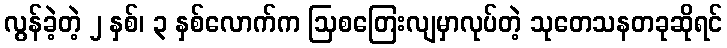
လွန်ခဲ့တဲ့ ၂ နှစ်၊ ၃ နှစ်လောက်က ဩစတြေးလျမှာလုပ်တဲ့ သုတေသနတခုဆိုရင်